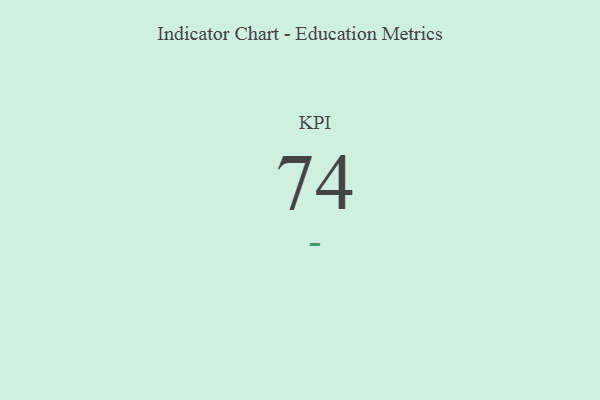
{"axis": {"x": "KPI", "y": "Value"}, "legend": [""], "data": [{"x": "KPI", "y": 74, "type": ""}]}